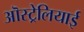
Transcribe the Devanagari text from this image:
ऒस्ट्रेलियाई